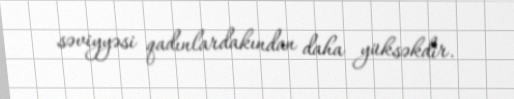
səviyyəsi qadınlardakından daha yüksəkdir.